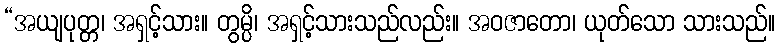
“အယျပုတ္တ၊ အရှင့်သား။ တွမ္ပိ၊ အရှင့်သားသည်လည်း။ အဝဇာတော၊ ယုတ်သော သားသည်။